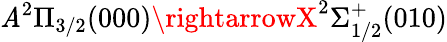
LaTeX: \mathit{A}^{2}\Pi_{3/2}(000)\rightarrowX^{2}\Sigma_{1/2}^{+}(010)